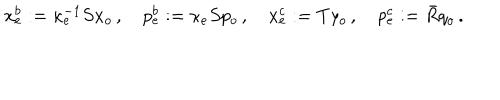
x _ { e } ^ { b } : = \kappa _ { e } ^ { - 1 } S x _ { o } \, , \quad p _ { e } ^ { b } : = \kappa _ { e } S p _ { o } \, , \quad x _ { e } ^ { c } : = T y _ { o } \, , \quad p _ { e } ^ { c } : = \bar { R } q _ { o } \, .